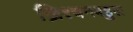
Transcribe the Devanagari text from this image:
ख्रिश्चनबहुल